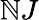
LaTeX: \mathbb{N}J